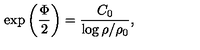
\exp \left( { \frac { \Phi } { 2 } } \right) = { \frac { C _ { 0 } } { \log { \rho / \rho _ { 0 } } } } ,